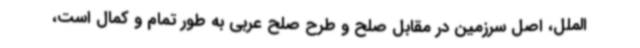
الملل، اصل سرزمین در مقابل صلح و طرح صلح عربی به طور تمام و کمال است،